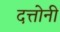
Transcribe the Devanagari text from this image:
दत्तोनी